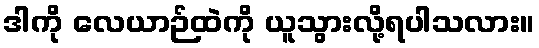
ဒါကို လေယာဉ်ထဲကို ယူသွားလို့ရပါသလား။